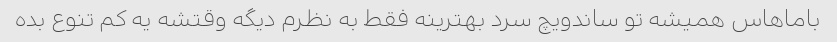
باماهاس همیشه تو ساندویچ سرد بهترینه فقط به نظرم دیگه وقتشه یه کم تنوع بده